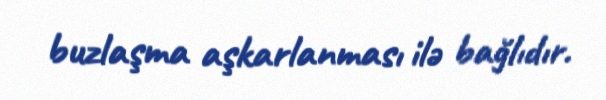
buzlaşma aşkarlanması ilə bağlıdır.